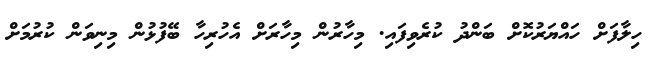
ހިލާފަށް ހައްޔަރުކޮށް ބަންދު ކުރެވިފައި. މިހާރުން މިހާރަށް އެހުރިހާ ބޭފުޅުން މިނިވަން ކުރުމަށް